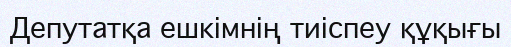
Депутатқа ешкімнің тиіспеу құқығы